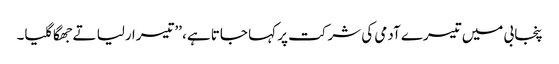
پنجابی میں تیسرے آدمی کی شرکت پر کہا جاتا ہے، ’’تیسرا رلیا تے جھگا گلیا۔